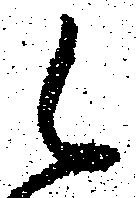
候